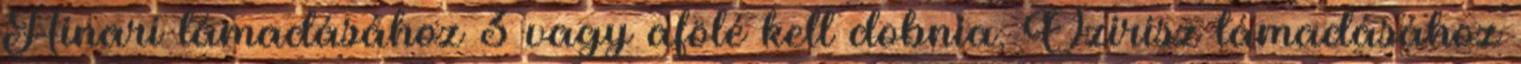
Hinari támadásához 3 vagy afölé kell dobnia, Ozirisz támadásához